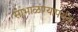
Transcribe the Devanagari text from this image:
सांभाळण्यापर्यंत